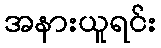
အနားယူရင်း